Report of an investigation into the causes of malaria in Bombay and the measures necessary for its control
Disease focus: Malaria
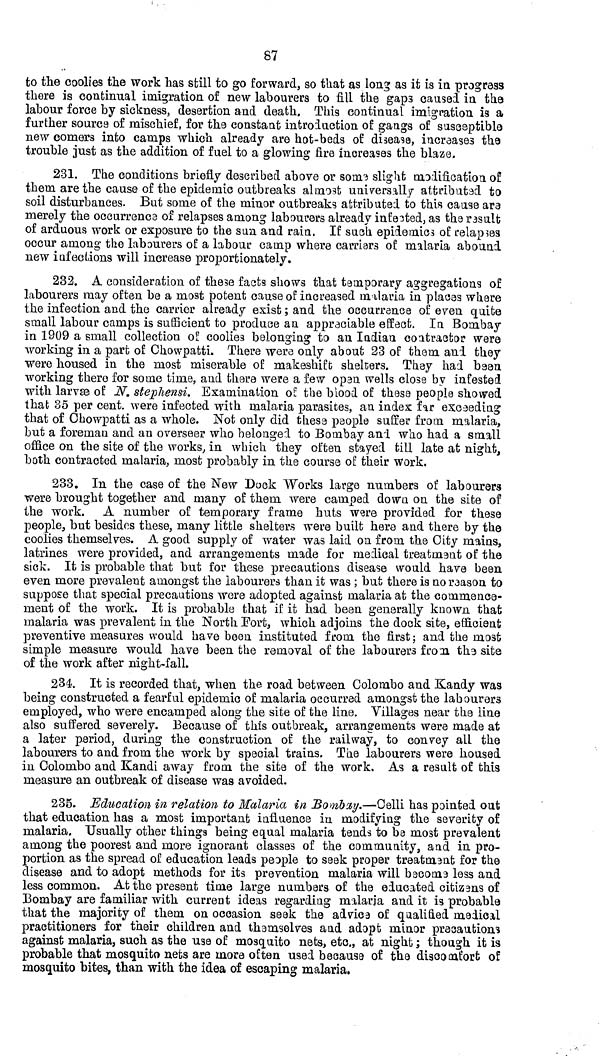
87
to the coolies the work has still to go forward, so that as long as it is in progress
there is continual migration of new labourers to fill the gap3 caused in the
labour force by sickness, desertion and death. This continual imigration is a
further source of mischief, for the constant introduction of gangs of susceptible
new comers into camps which already are hot-beds of disease, increases the
trouble just as the addition of fuel to a glowing fire increases the blaze,
231. The conditions briefly described above or some slight modification of
them are the cause of the epidemic outbreaks almost universally attributed to
soil disturbances. But some of the minor outbreaks attributed to this cause ara
merely the occurrence of relapses among labourers already infected, as the result
of arduous work or exposure to the sun and rain. If such epidemies of relapses
occur among the labourers of a labour camp where camera of malaria abound
new infections will increase proportionately.
232. A consideration of these facts shows that temporary aggregations of
labourers may often be a most potent cause of increased malaria in placas where
the infection and the carrier already exist ; and the occurrence of even quite
small labour camps is sufficient to produce an appreciable effect. In Bombay
in 1909 a small collection of coolie3 belonging to an Indian contractor were
working in a part of Chowpatti. There were only about 23 of them and they
were housed in the most miserable of makeshift shelters. They had been
working there for some time, and there were a few open wells close by infested
with larvæ of N. stephensi. Examination of the blood of these people showed
that 35 per cent. were infected with malaria parasites, an index far exceeding
that of Chowpatti as a whole. Not only did these people suffer from malaria,
but a foreman and an overseer who belonged to Bombay and who had a small
office on the site of the works, in which they often stayed till late at night,
both contracted malaria, most probably in the course of their work.
233. In the case of the New Dock Works large numbers of labourers
were brought together and many of them were camped down on the site of
the work. A number of temporary frame huts were provided for these
people, but besides these, many little shelters were built here and there by the
coolies themselves. A good supply of water was laid on from the City mains,
latrines were provided, and arrangements made for medical treatment of the
sick. It is probable that but for these precautions disease would have been
even more prevalent amongst the labourers than it was ; but there is no reason to
suppose that special precautions were adopted against malaria at the commence-
ment of the work. It is probable that if it had been generally known that
malaria was prevalent in the North Fort, which adjoins the dock site, efficient
preventive measures would have been instituted from the first; and the most
simple measure would have been the removal of the labourers from the site
of the work after night-fall.
234. It is recorded that, when the road between Colombo and Kandy was
being constructed a fearful epidemic of malaria occurred amongst the labourers
employed, who were encamped along the site of the line. Villages near the line
also suffered severely. Because of this outbreak, arrangements were made at
a later period, during the construction of the railway, to convey all the
labourers to and from the work by special trains. The labourers were housed
in Colombo and Kandi away from the site of the work. As a result of this
measure an outbreak of disease was avoided.
235. Education in relation to Malaria in Bombay.—Celli has pointed out
that education has a most important influence in modifying the severity of
malaria. Usually other things being equal malaria tends to be most prevalent
among the poorest and more ignorant classes of the community, and in pro-
portion as the spread of education leads people to seek proper treatment for the
disease and to adopt methods for its prevention malaria will become less and
less common. At the present time large numbers of the educated citizens of
Bombay are familiar with current ideas regarding malaria and it is probable
that the majority of them on occasion seek the advice of qualified medical
practitioners for their children and themselves and adopt minor precautions
against malaria, such as the use of mosquito nets, etc., at night ; though it is
probable that mosquito nets are more often used because of the discomfort of
mosquito bites, than with the idea of escaping malaria.